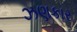
ઝણકાર